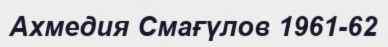
Ахмедия Смағүлов 1961-62